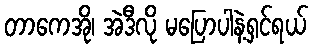
တာကေအို၊ အဲဒီလို မပြောပါနဲ့ရှင်ရယ်